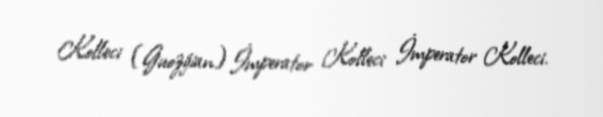
Kolleci (Guozijian) İmperator Kolleci İmperator Kolleci.